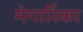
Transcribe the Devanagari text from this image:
मेगारिंका